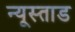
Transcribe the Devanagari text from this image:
न्यूस्ताड